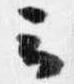
云